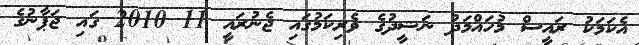
އެކަމަކު ރައީސް މުހައްމަދު ނަޝީދުގެ ވެރިކަމުގައި ޖެނުރައީ 11 2010 ގައި ޖަޕާނުގެ